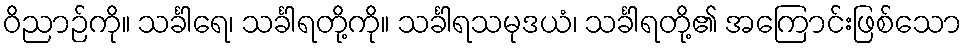
ဝိညာဉ်ကို။ သင်္ခါရေ၊ သင်္ခါရတို့ကို။ သင်္ခါရသမုဒယံ၊ သင်္ခါရတို့၏ အကြောင်းဖြစ်သော